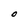
Character: O